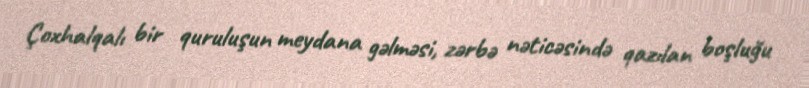
Çoxhalqalı bir quruluşun meydana gəlməsi, zərbə nəticəsində qazılan boşluğu